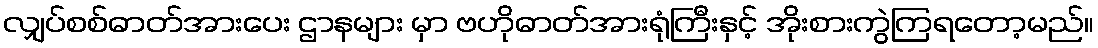
လျှပ်စစ်ဓာတ်အားပေး ဌာနများ မှာ ဗဟိုဓာတ်အားရုံကြီးနှင့် အိုးစားကွဲကြရတော့မည်။